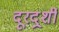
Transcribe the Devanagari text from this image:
दूरदर्र्शी